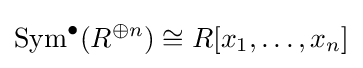
{\text{Sym}}^{\bullet }(R^{\oplus n})\cong R[x_{1},\ldots ,x_{n}]